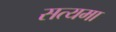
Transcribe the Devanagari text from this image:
सत्यमा